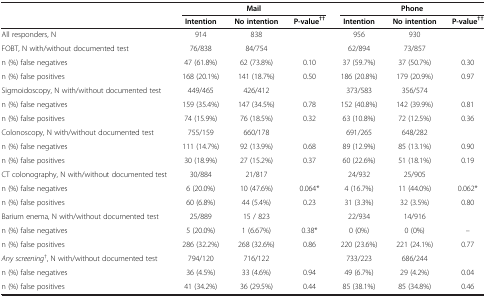
<table><thead><tr><td><b> </b></td><td colspan="3"><b>Mail</b></td><td colspan="3"><b>Phone</b></td></tr><tr><td><b> </b></td><td><b>Intention</b></td><td><b>No intention</b></td><td><b>P-value<sup>††</sup></b></td><td><b>Intention</b></td><td><b>No intention</b></td><td><b>P-value<sup>††</sup></b></td></tr></thead><tbody><tr><td>All responders, N</td><td>914</td><td>838</td><td> </td><td>956</td><td>930</td><td> </td></tr><tr><td>FOBT, N with/without documented test</td><td>76/838</td><td>84/754</td><td> </td><td>62/894</td><td>73/857</td><td> </td></tr><tr><td>n (%) false negatives</td><td>47 (61.8%)</td><td>62 (73.8%)</td><td>0.10</td><td>37 (59.7%)</td><td>37 (50.7%)</td><td>0.30</td></tr><tr><td>n (%) false positives</td><td>168 (20.1%)</td><td>141 (18.7%)</td><td>0.50</td><td>186 (20.8%)</td><td>179 (20.9%)</td><td>0.97</td></tr><tr><td>Sigmoidoscopy, N with/without documented test</td><td>449/465</td><td>426/412</td><td> </td><td>373/583</td><td>356/574</td><td> </td></tr><tr><td>n (%) false negatives</td><td>159 (35.4%)</td><td>147 (34.5%)</td><td>0.78</td><td>152 (40.8%)</td><td>142 (39.9%)</td><td>0.81</td></tr><tr><td>n (%) false positives</td><td>74 (15.9%)</td><td>76 (18.5%)</td><td>0.32</td><td>63 (10.8%)</td><td>72 (12.5%)</td><td>0.36</td></tr><tr><td>Colonoscopy, N with/without documented test</td><td>755/159</td><td>660/178</td><td> </td><td>691/265</td><td>648/282</td><td> </td></tr><tr><td>n (%) false negatives</td><td>111 (14.7%)</td><td>92 (13.9%)</td><td>0.68</td><td>89 (12.9%)</td><td>85 (13.1%)</td><td>0.90</td></tr><tr><td>n (%) false positives</td><td>30 (18.9%)</td><td>27 (15.2%)</td><td>0.37</td><td>60 (22.6%)</td><td>51 (18.1%)</td><td>0.19</td></tr><tr><td>CT colonography, N with/without documented test</td><td>30/884</td><td>21/817</td><td> </td><td>24/932</td><td>25/905</td><td> </td></tr><tr><td>n (%) false negatives</td><td>6 (20.0%)</td><td>10 (47.6%)</td><td>0.064*</td><td>4 (16.7%)</td><td>11 (44.0%)</td><td>0.062*</td></tr><tr><td>n (%) false positives</td><td>60 (6.8%)</td><td>44 (5.4%)</td><td>0.23</td><td>31 (3.3%)</td><td>32 (3.5%)</td><td>0.80</td></tr><tr><td>Barium enema, N with/without documented test</td><td>25/889</td><td>15 / 823</td><td> </td><td>22/934</td><td>14/916</td><td> </td></tr><tr><td>n (%) false negatives</td><td>5 (20.0%)</td><td>1 (6.67%)</td><td>0.38*</td><td>0 (0%)</td><td>0 (0%)</td><td>--</td></tr><tr><td>n (%) false positives</td><td>286 (32.2%)</td><td>268 (32.6%)</td><td>0.86</td><td>220 (23.6%)</td><td>221 (24.1%)</td><td>0.77</td></tr><tr><td><i>Any screening</i><sup>†</sup>, N with/without documented test</td><td>794/120</td><td>716/122</td><td> </td><td>733/223</td><td>686/244</td><td> </td></tr><tr><td>n (%) false negatives</td><td>36 (4.5%)</td><td>33 (4.6%)</td><td>0.94</td><td>49 (6.7%)</td><td>29 (4.2%)</td><td>0.04</td></tr><tr><td>n (%) false positives</td><td>41 (34.2%)</td><td>36 (29.5%)</td><td>0.44</td><td>85 (38.1%)</td><td>85 (34.8%)</td><td>0.46</td></tr></tbody></table>